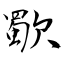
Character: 歜